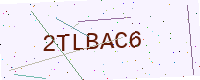
Text: 2TLBAC6